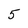
Character: 5